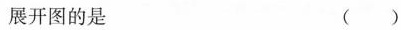
展开图的是 ( )